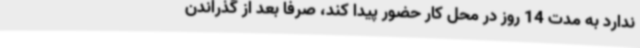
ندارد به مدت 14 روز در محل کار حضور پیدا کند، صرفاً بعد از گذراندن